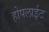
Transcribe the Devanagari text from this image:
होपलाईट